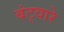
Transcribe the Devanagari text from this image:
बंट्वारे